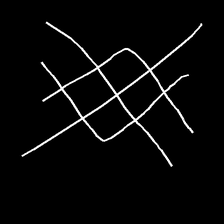
Glyph: crystal